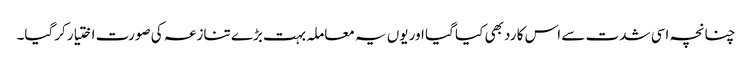
چنانچہ اسی شدت سے اس کا رد بھی کیا گیا اور یوں یہ معاملہ بہت بڑے تنازعہ کی صورت اختیار کرگیا۔